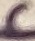
Text: c